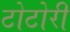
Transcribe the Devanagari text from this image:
टोटोरी